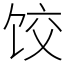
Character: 饺